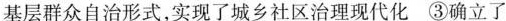
基层群众自治形式，实现了城乡社区治理现代化 ③确立了